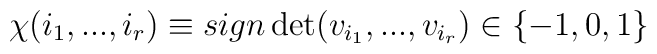
\chi (i_{1},...,i_{r})\equiv sign\det (v_{i_{1}},...,v_{i_{r}})\in \{-1,0,1\}